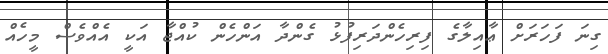
ގިނަ ފަހަރަށް ޢާއިލާގެ ފިރިހެންދަރިފުޅު ގެންދާ އަންހެން ކުއްޖާ އަކީ އެއްވެސް މީހެއް